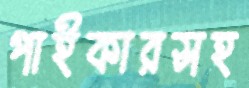
পাইকারসহ